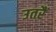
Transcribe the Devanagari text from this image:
उतरैं